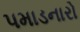
પમાડનારો